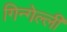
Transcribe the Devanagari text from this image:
गिन्गेल्ली